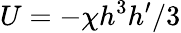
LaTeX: U=-\chi h^{3}h^{\prime}/3